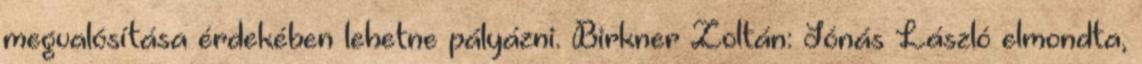
megvalósítása érdekében lehetne pályázni. Birkner Zoltán: Jónás László elmondta,